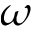
\omega